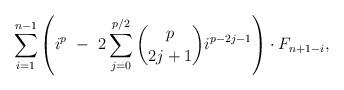
LaTeX: \begin{align*}\ \ \ \ \ \ \ \ \ \ \ \ \ \ \ \ \ \ \sum_{i=1}^{n-1} \left(i^{p} \ - \ 2\sum_{j=0}^{p/2} \binom{p}{2j+1} i^{p-2j-1} \right) \cdot F_{n+1-i},\end{align*}